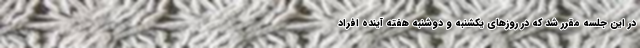
در این جلسه مقرر شد كه در روزهای یكشنبه و دوشنبه هفته آینده افراد